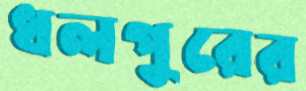
ধলপুরের